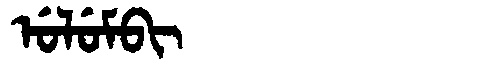
Manchu: ᡠᠯᡠᠮᠪᡳ
Romanization: ULUMBI